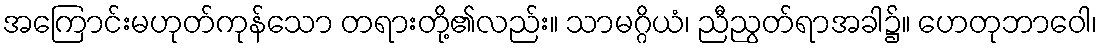
အကြောင်းမဟုတ်ကုန်သော တရားတို့၏လည်း။ သာမဂ္ဂိယံ၊ ညီညွတ်ရာအခါ၌။ ဟေတုဘာဝေါ၊